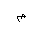
Letter: _mim